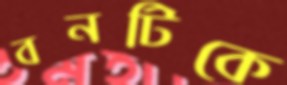
বনটিকে